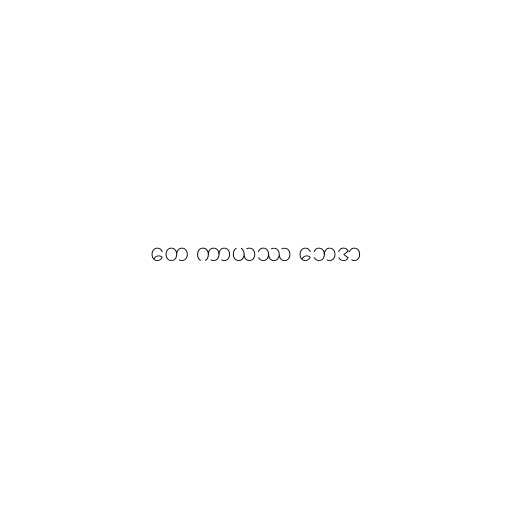
တေ ကာယဿ ဘေဒာ